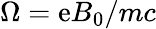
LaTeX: \Omega=\mathrm{e}B_{0}/mc